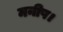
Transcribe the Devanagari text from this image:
मनीष।